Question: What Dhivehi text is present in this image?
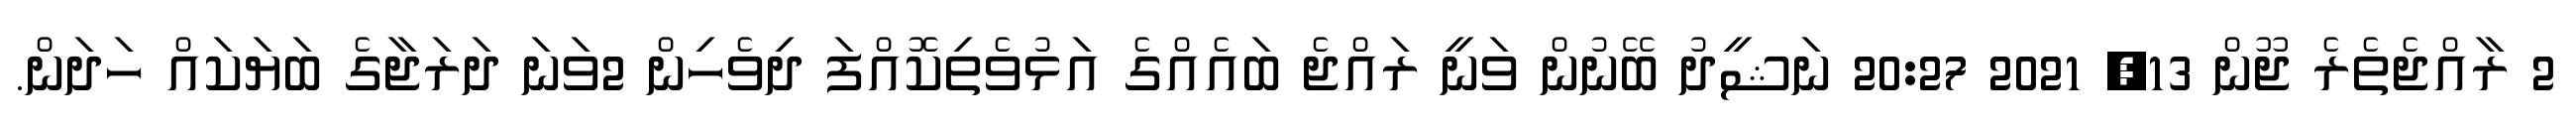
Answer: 2 ރާއްޖެތެރެ ޖޫން 13, 2021 20:27 ނަޝީދު ބޭނުން ވަނީ ރައްޖެ ބައެއްގެ އަޅުވެތިކޮއްފަ ދިވެހިން 2ވަނަ ދަރަޖާގެ ބަޔަކައް ހަދަން.